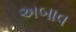
અબાવ